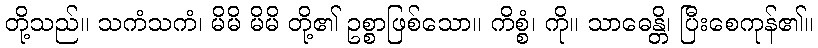
တို့သည်။ သကံသကံ၊ မိမိ မိမိ တို့၏ ဥစ္စာဖြစ်သော။ ကိစ္စံ၊ ကို။ သာဓေန္တိ၊ ပြီးစေကုန်၏။